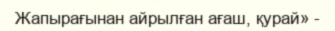
Жапырағынан айрылған ағаш, қурай» -